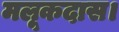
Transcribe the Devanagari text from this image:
मलूकदास।